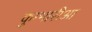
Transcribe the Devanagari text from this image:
कुम्भारीआ